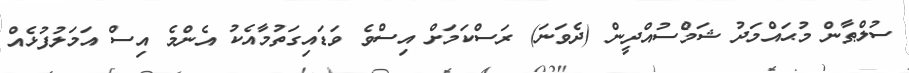
ސުލްޠާން މުޙައްމަދު ޝަމްސުއްދީން (ދެވަނަ) ރަސްކަމަށް އިސްވެ ވަޑައިގަތުމާއެކު އެންމެ އިސް އަމަލުފުޅެއް